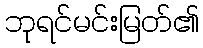
ဘုရင်မင်းမြတ်၏